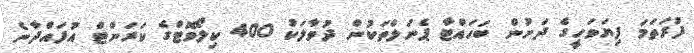
ފުރަތަމަ ފިޔަވަހީގެ ދަށުން ބަހައްޓާ ޕެނަލްތަކުން ދުވާލަކު 400 ކިލޯވޮޓްގެ ކަރަންޓް އުފައްދާނެ